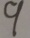
9